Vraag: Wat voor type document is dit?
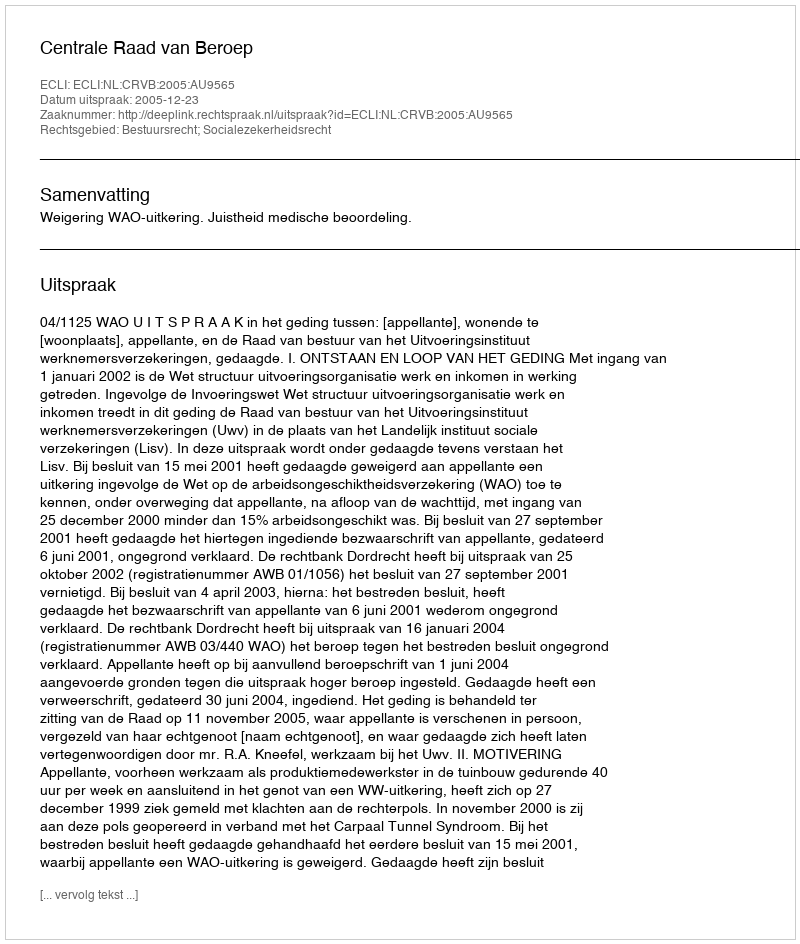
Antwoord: Uitspraak